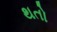
થતો